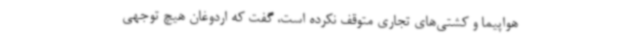
هواپیما و کشتی‌های تجاری متوقف نکرده است، گفت که اردوغان هیچ توجهی